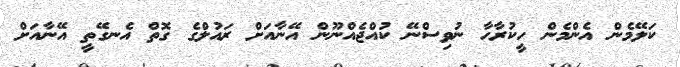
ކަލޭމެން އެންމެން ހީކުރާހާ ނުވިސްނޭ ކުއްޖެއްނޫން އޭނާއަށް ރައުލްގެ ގޮތް އެނގޭތީ އޭނާއަށް